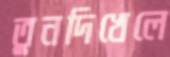
তুনদিখেলে